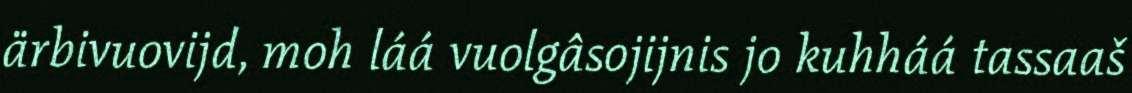
ärbivuovijd, moh láá vuolgâsojijnis jo kuhháá tassaaš